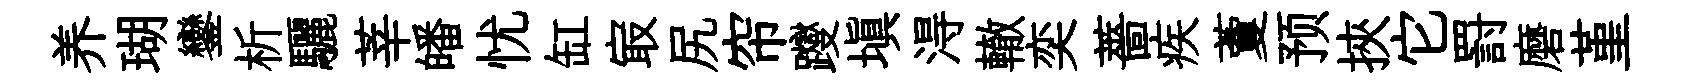
养瑚鑾析驪莘皤忧缸㝡尻帘躞塡淂轍奕薔疾藑预挾它罸磨堇